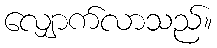
လျှောက်လာသည်။